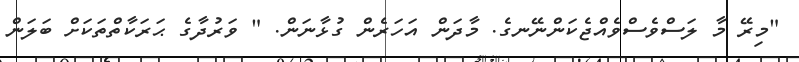
"މިރޭ މާ ލަސްވެސްވެއްޖެކަންނޭނގެ. މާދަން އަހަރެން ގުޅާނަން. " ވަރުދާގެ ޙަރަކާތްތަކަށް ބަލަން